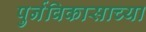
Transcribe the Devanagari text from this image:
पुर्नविकासाच्या